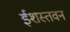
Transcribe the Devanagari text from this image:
ईशस्तवन